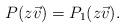
LaTeX: \begin{align*} P(z\vec{v}) = P_{1}(z\vec{v}). \end{align*}